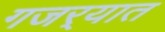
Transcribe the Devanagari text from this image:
गजर्‍यात